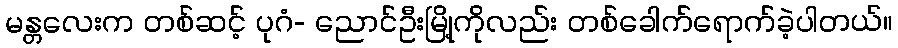
မန္တလေးက တစ်ဆင့် ပုဂံ- ညောင်ဦးမြို့ကိုလည်း တစ်ခေါက်ရောက်ခဲ့ပါတယ်။